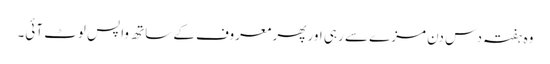
وہ ہفتہ دس دن مزے سے رہی اور پھر معروف کے ساتھ واپس لوٹ آئی۔